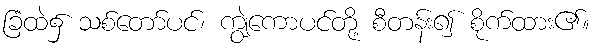
ခြံထဲ၌ သစ်တော်ပင်၊ ကျွဲကောပင်တို့ စီတန်း၍ စိုက်ထား၏။